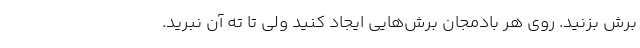
برش بزنید. روی هر بادمجان برش‌هایی ایجاد کنید ولی تا ته آن نبُرید.